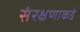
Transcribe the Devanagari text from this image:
संरक्षणाकडे